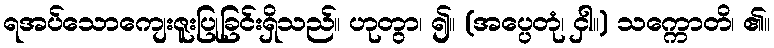
ရအပ်သောကျေးဇူးပြုခြင်းရှိသည်။ ဟုတွာ၊ ၍။ (အပ္ပေတုံ၊ ငှါ။) သက္ကောတိ၊ ၏။